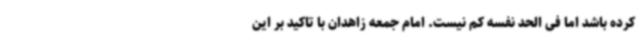
کرده باشد اما فی الحد نفسه کم نیست. امام جمعه زاهدان با تاکید بر این